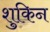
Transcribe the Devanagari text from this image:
शुकिन